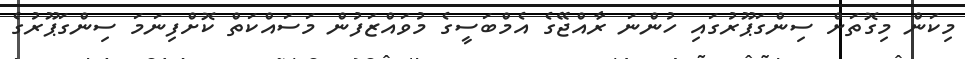
މިކަން މިގޮތަށް ސިންގަޕޫރުގައި ހުންނަ ރާއްޖޭގެ އެމްބަސީގެ މުވައްޒަފުން މަސައްކަތް ކޮށްފިނަމަ ސިންގަޕޫރުގެ